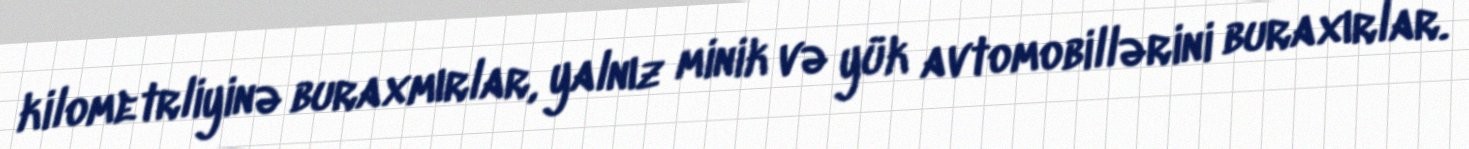
kilometrliyinə buraxmırlar, yalnız minik və yük avtomobillərini buraxırlar.